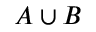
A \cup B